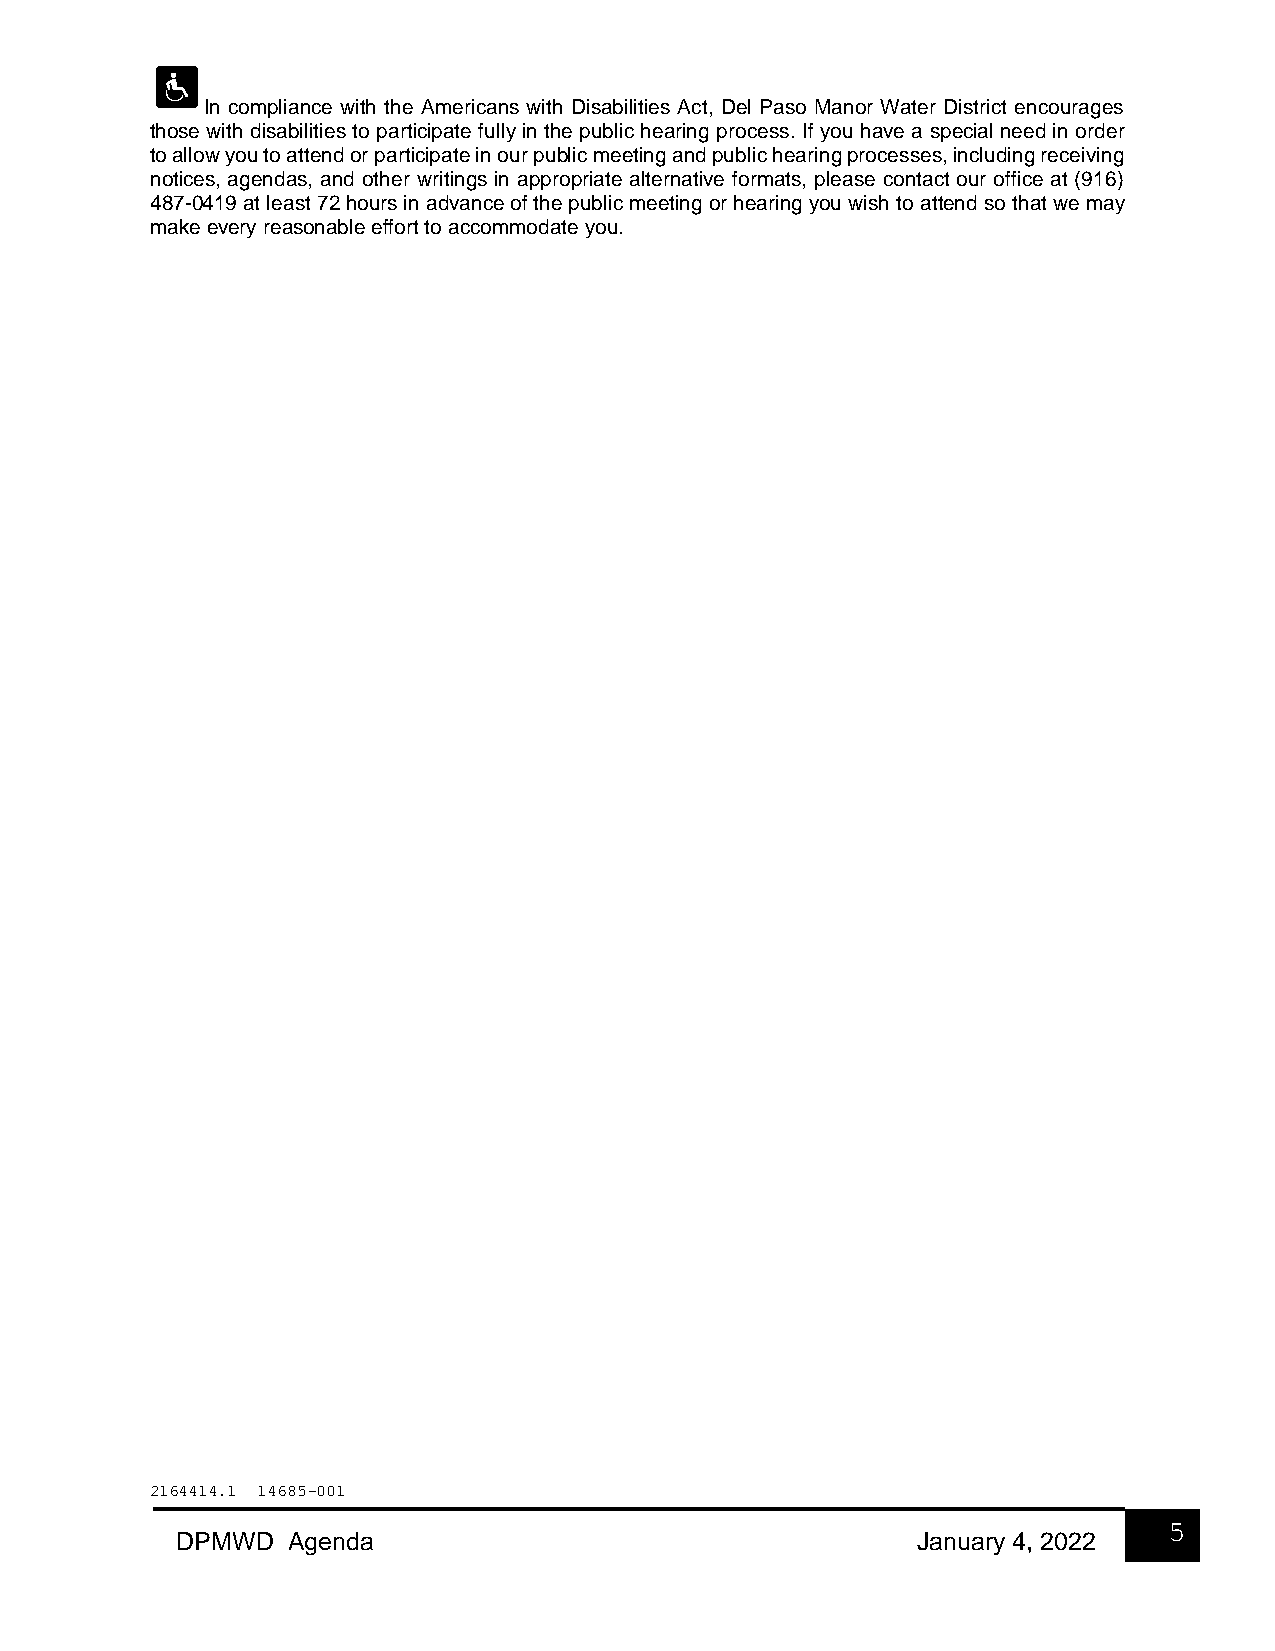
In compliance with the Americans with Disabilities Act, Del Paso Manor Water District encourages
 those with disabilities to participate fully in the public hearing process. If you have a special need in order
 to allow you to attend or participate in our public meeting and public hearing processes, including receiving
 notices, agendas, and other writings in appropriate alternative formats, please contact our office at (916)
 487-0419 at least 72 hours in advance of the public meeting or hearing you wish to attend so that we may
 make every reasonable effort to accommodate you.
 2164414.1 14685-001
 5
 DPMWD  Agenda                                    January 4, 2022
 5